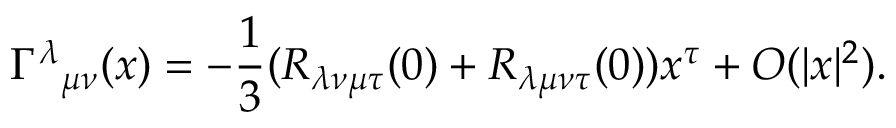
{ \Gamma ^ { \lambda } } _ { \mu \nu } ( x ) = - { \frac { 1 } { 3 } } ( R _ { \lambda \nu \mu \tau } ( 0 ) + R _ { \lambda \mu \nu \tau } ( 0 ) ) x ^ { \tau } + O ( | x | ^ { 2 } ) .